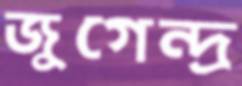
জুগেন্দ্র